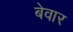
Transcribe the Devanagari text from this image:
बेवार